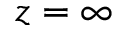
z = \infty